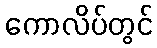
ကောလိပ်တွင်